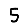
Digit: 5